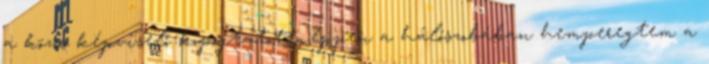
a közös képviselő kopogtatott, éppen a hálószobában hemperegtem a